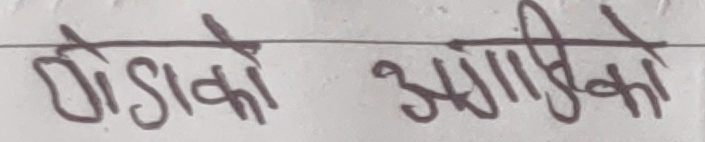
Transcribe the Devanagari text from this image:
पोंडाको अगाडिको